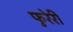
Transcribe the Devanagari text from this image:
फुरेरी